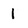
Character: 1